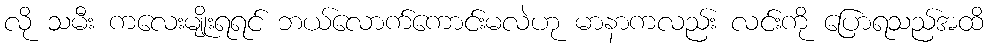
လို သမီး ကလေးမျိုးရရင် ဘယ်လောက်ကောင်းမလဲဟု မာနာကလည်း လင်းကို ပြောရသည်အထိ